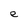
Character: e